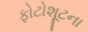
ફોટોશૂટના